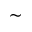
\sim